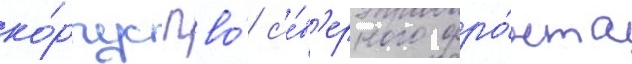
ко́рпус пво́ с'е́в'ерного фро́нта